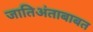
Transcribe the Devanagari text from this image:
जातिअंताबाबत